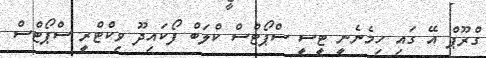
ގްރޫޕް އޭ ގައި ހިމެނެނީ ޓީސީ ސްޕޯޓްސް ކްލަބް ފޯކައިދޫ ވިކްޓްރީ ސްޕޯޓްސް